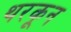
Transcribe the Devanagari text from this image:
थरकून